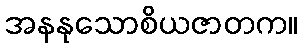
အနနုသောစိယဇာတက။